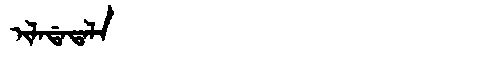
Manchu: ᡳᠯᠠᡩᠠᡨᠠᠯᠠ
Romanization: ILADATALA